King Institute of Preventive Medicine Micro-Biological Section reports 1909-11
Year: 1909
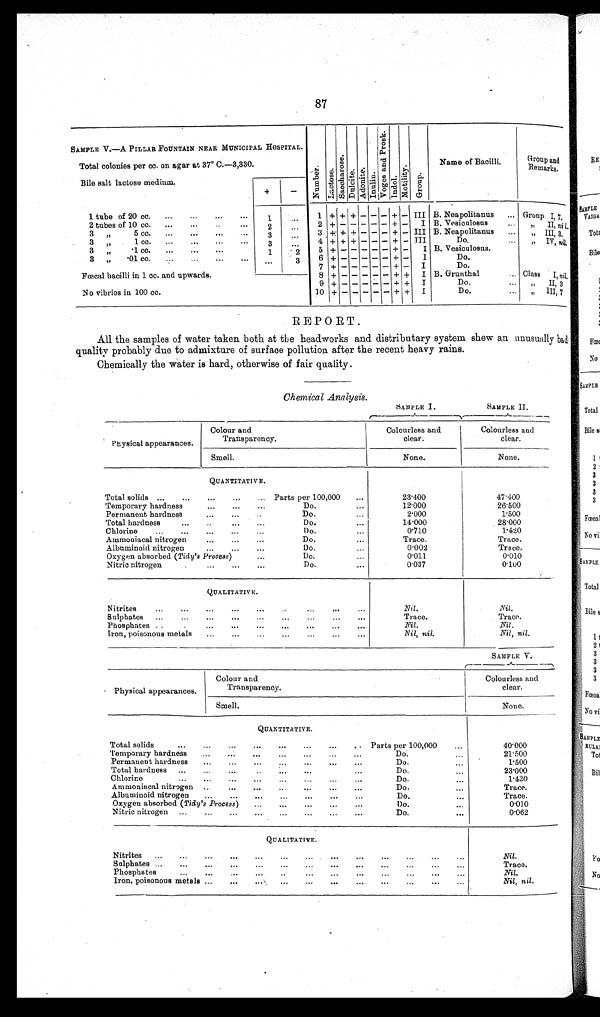
87
REPORT.
All the samples of water taken both at the headworks and distributary system shew an unusually bad
quality probably due to admixture of surface pollution after the recent heavy rains.
Chemically the water is hard, otherwise of fair quality.
Chemical Analysis.
SAMPLE II. SAMPLE II.
SAMPLE V.